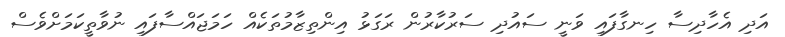
އަދި އެހާދިސާ ހިނގާފައި ވަނީ ސައުދި ސަރުކާރުން ރަގަޅު އިންތިޒާމުތަކެއް ހަމަޖައްސާފައި ނުވާތީކަމަށްވެސް